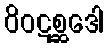
ဝိဝဋစ္ဆဒေါ